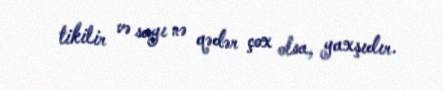
tikilir və sayı nə qədər çox olsa, yaxşıdır.